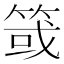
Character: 䈅